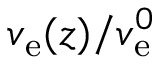
v _ { \mathrm { e } } ( z ) / v _ { \mathrm { e } } ^ { 0 }